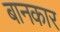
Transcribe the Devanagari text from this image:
बानकार